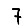
Digit: 7